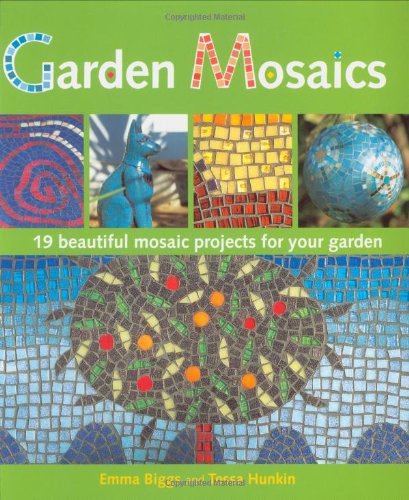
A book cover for Garden Mosaics: 19 Beautiful Mosaic Projects For Your Garden; Emma Biggs; Arts & Photography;